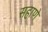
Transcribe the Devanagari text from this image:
सहाणे